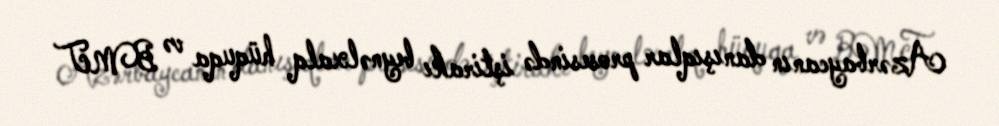
Azərbaycanın danışıqlar prosesində iştirakı beynəlxalq hüquqa və BMT